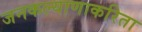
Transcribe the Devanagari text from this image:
जनकल्याणाकरिता